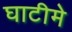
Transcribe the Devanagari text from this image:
घाटीमे